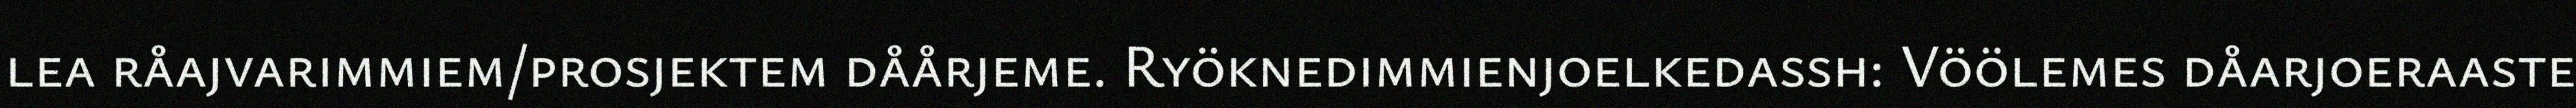
lea råajvarimmiem/prosjektem dåårjeme. Ryöknedimmienjoelkedassh: Vöölemes dåarjoeraaste